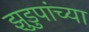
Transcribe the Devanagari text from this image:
झुडुपांच्या